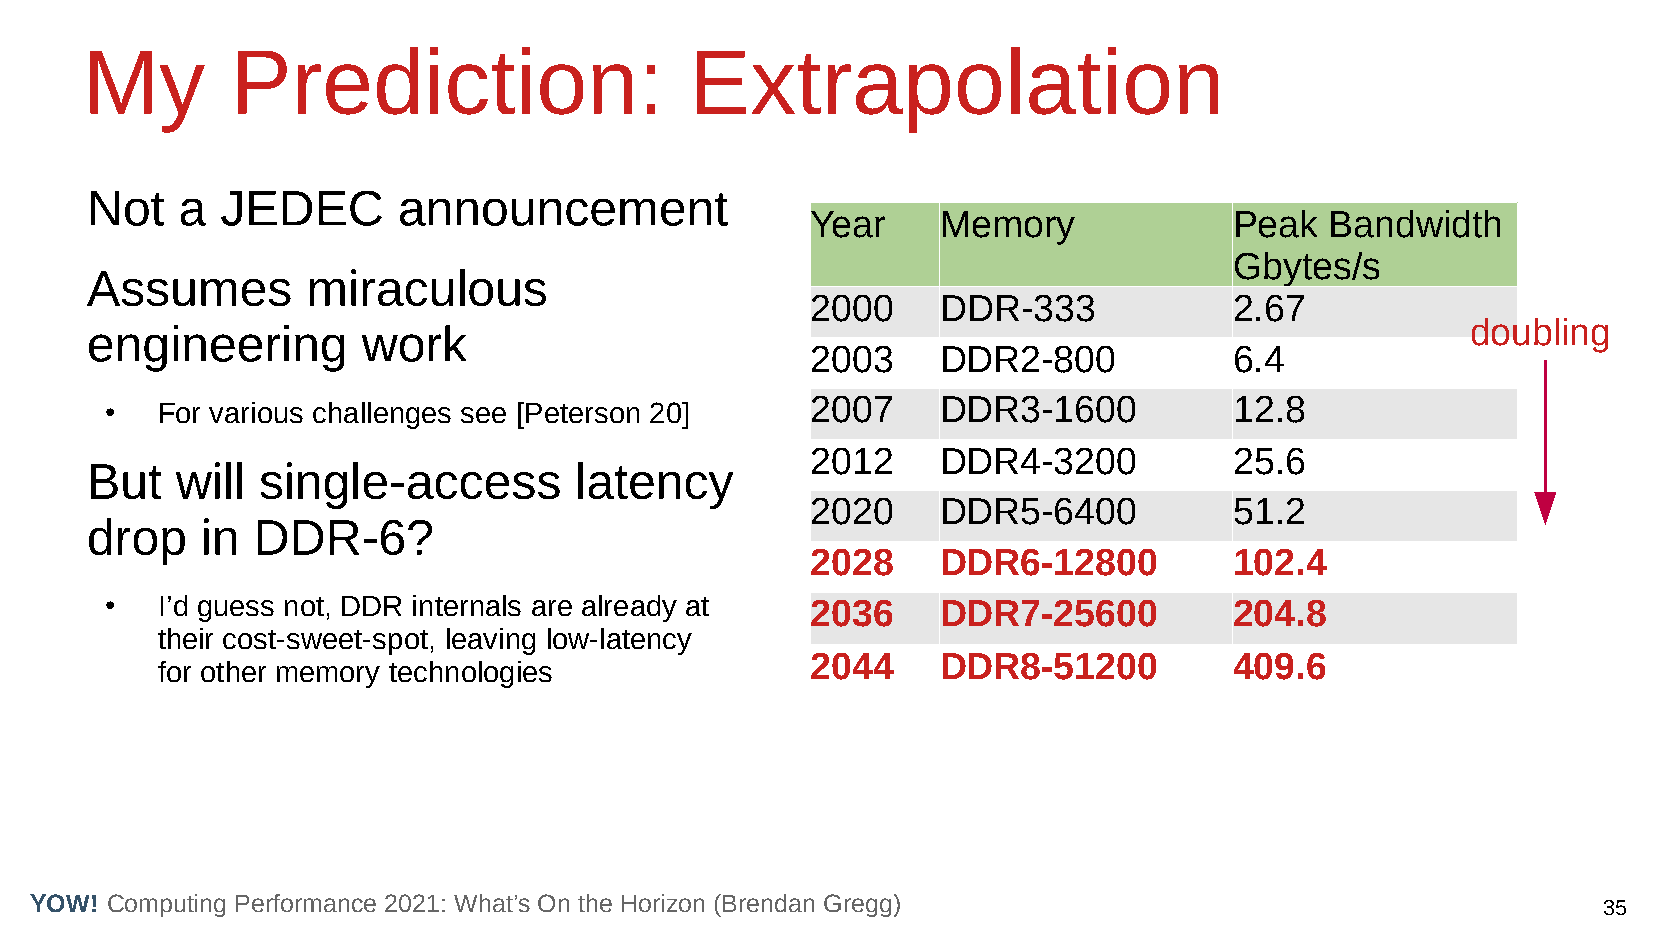
My        Prediction:                    Extrapolation
 Not   a  JEDEC      announcement
 Year    Memory              Peak  Bandwidth
 Gbytes/s
 Assumes       miraculous
 2000    DDR-333             2.67
 doubling
 engineering       work
 2003    DDR2-800            6.4
 2007    DDR3-1600           12.8
 ●  For various challenges see [Peterson 20]
 2012    DDR4-3200           25.6
 But   will single-access        latency
 2020    DDR5-6400           51.2
 drop   in  DDR-6?
 2028    DDR6-12800          102.4
 ●  I’d guess not, DDR internals are already at 2036    DDR7-25600          204.8
 their cost-sweet-spot, leaving low-latency
 2044    DDR8-51200          409.6
 for other memory technologies
 YOW! Computing Performance 2021: What’s On the Horizon (Brendan Gregg)                                  35